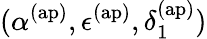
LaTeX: (\alpha^{\mathrm{(ap)}},\epsilon^{\mathrm{(ap)}},\delta_{1}^{\mathrm{(ap)}})